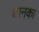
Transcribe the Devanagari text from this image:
धानका